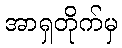
အာရှတိုက်မှ